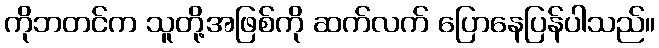
ကိုဘတင်က သူတို့အဖြစ်ကို ဆက်လက် ပြောနေပြန်ပါသည်။